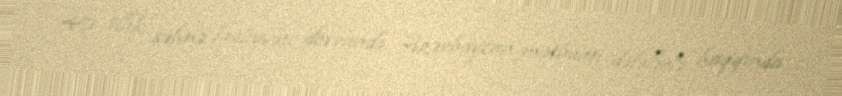
40 illik səhnə fəaliyyəti dövründə Azərbaycan mətbuatı dəfələrlə haqqında